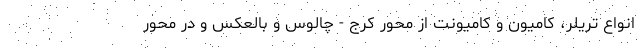
انواع تریلر، کامیون و کامیونت از محور کرج - چالوس و بالعکس و در محور